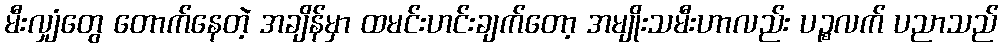
မီးလျှံတွေ တောက်နေတဲ့ အချိန်မှာ ထမင်းဟင်းချက်တော့ အမျိုးသမီးဟာလည်း ပဉ္စလက် ပညာသည်